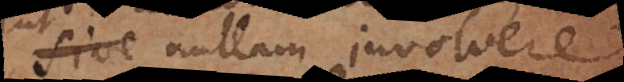
sive nullam involvere